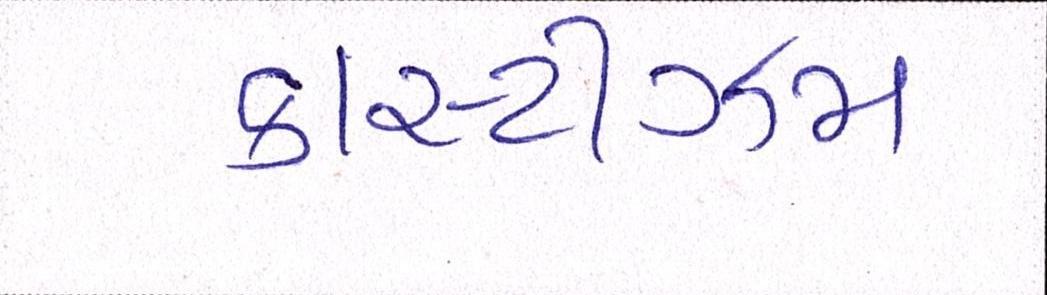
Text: કાસ્ટીઝમ